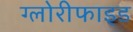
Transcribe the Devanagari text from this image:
ग्लोरीफाइड